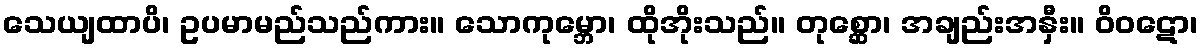
သေယျထာပိ၊ ဥပမာမည်သည်ကား။ သောကုမ္ဘော၊ ထိုအိုးသည်။ တုစ္ဆော၊ အချည်းအနှီး။ ဝိဝဋော၊